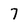
Character: 7